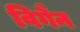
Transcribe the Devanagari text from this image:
विगैन